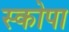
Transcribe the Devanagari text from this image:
स्कोपा